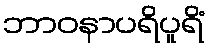
ဘာဝနာပရိပူရိံ